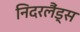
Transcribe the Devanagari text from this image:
निदरलैंड्स